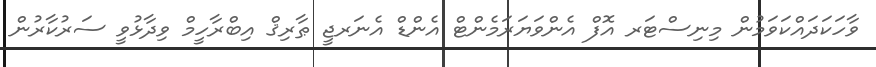
ވާހަކަދައްކަވަމުން މިނިސްޓަރ އޮފް އެންވަޔަރަމެންޓް އެންޑް އެނަރޖީ ޠާރިޤް އިބްރާހީމް ވިދާޅުވީ ސަރުކާރުން